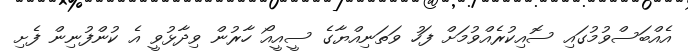
އެއްބަސްވުމުގައި ސޮއިކުރެއްވުމަށް ފަހު ވަތަނިއްޔާގެ ސީއީއޯ ހާރުން ވިދާޅުވީ އެ ކުންފުނިން ފެށި